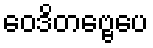
ဝေဒိတဗ္ဗေပေ